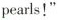
pearls!"